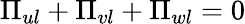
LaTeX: \Pi_{ul}+\Pi_{vl}+\Pi_{wl}=0